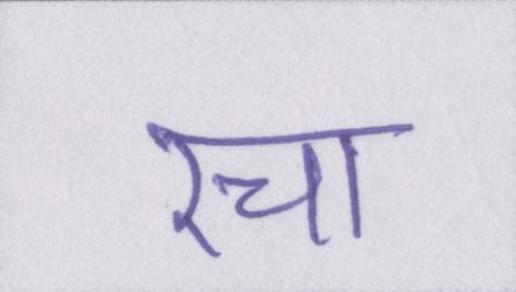
रचा